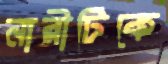
নারীটিকে